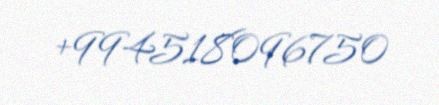
+994518096750